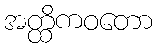
အတ္ထိကဝတော